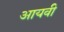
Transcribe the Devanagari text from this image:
आयवी